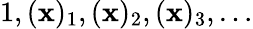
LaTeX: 1,(\mathbf{x})_{1},(\mathbf{x})_{2},(\mathbf{x})_{3},\dots